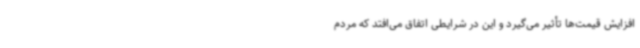
افزایش قیمت‌ها تأثیر می‌گیرد و این در شرایطی اتفاق می‌افتد که مردم